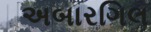
અબારગિલ